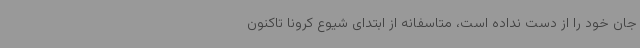
جان خود را از دست نداده است، متاسفانه از ابتدای شیوع کرونا تاکنون